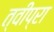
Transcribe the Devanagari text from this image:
त्वीप्रा